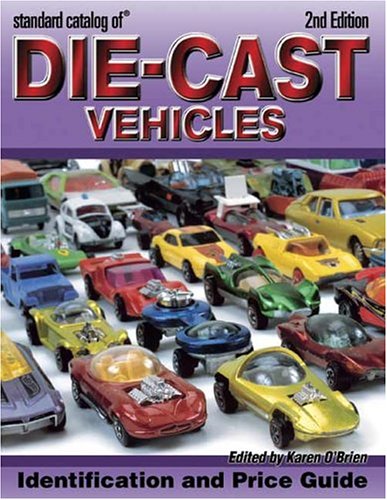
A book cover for Standard Catalog Of Die-Cast Vehicles: Identification And Values, Revised Edition (Standard Catalog of Die-Cast Vehicles); Crafts, Hobbies & Home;